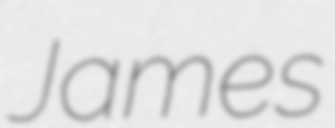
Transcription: James